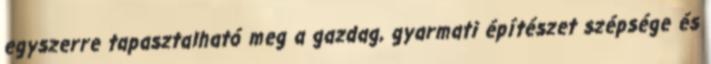
egyszerre tapasztalható meg a gazdag, gyarmati építészet szépsége és